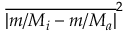
\overline { { | m / M _ { i } - m / M _ { a } | } } ^ { 2 }